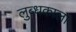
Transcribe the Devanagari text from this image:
लुब्धकाला